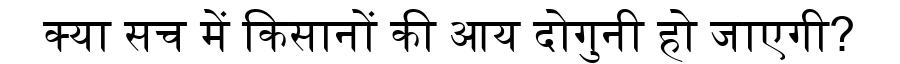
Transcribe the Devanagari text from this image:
क्या सच में किसानों की आय दोगुनी हो जाएगी?